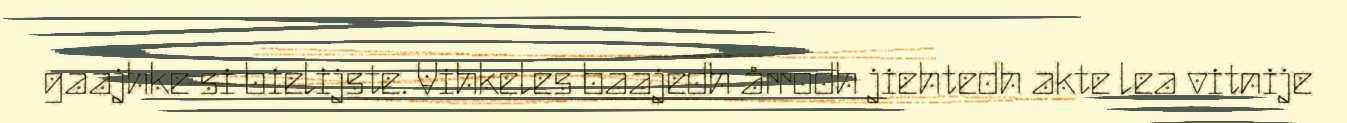
gaajhke si bielijste. Vihkeles baajedh årrodh jiehtedh akte lea vitnije